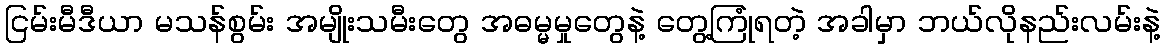
ငြမ်းမီဒီယာ မသန်စွမ်း အမျိုးသမီးတွေ အဓမ္မမှုတွေနဲ့ တွေ့ကြုံရတဲ့ အခါမှာ ဘယ်လိုနည်းလမ်းနဲ့